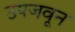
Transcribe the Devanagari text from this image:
उपजवून